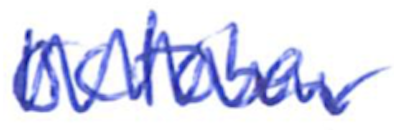
Text: October
Cross-out: zig-zag
Writing tool: ballpoint